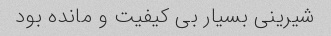
شیرینی بسیار بی کیفیت و مانده بود